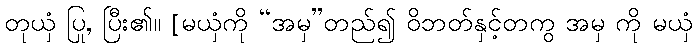
တုယှံ ပြု, ပြီး၏။ [မယှံကို “အမှ”တည်၍ ဝိဘတ်နှင့်တကွ အမှ ကို မယှံ